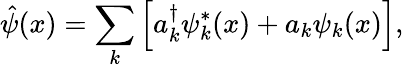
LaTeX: \hat{\psi}(x)=\sum_{k}\left[a_{k}^{\dagger}\psi_{k}^{*}(x)+a_{k}\psi_{k}(x)\right],